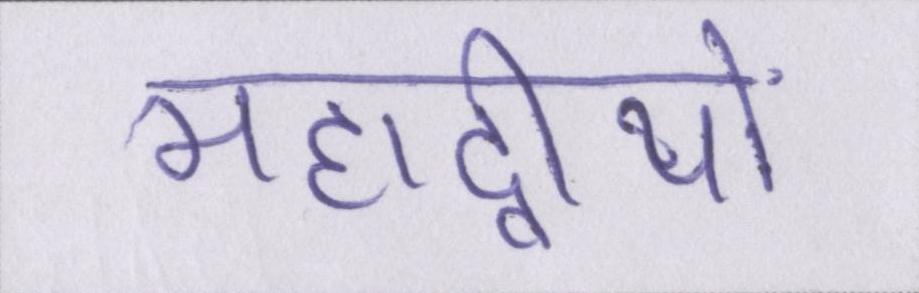
महाद्वीपों